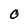
Character: O